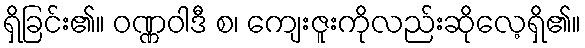
ရှိခြင်း၏။ ဝဏ္ဏဝါဒီ စ၊ ကျေးဇူးကိုလည်းဆိုလေ့ရှိ၏။